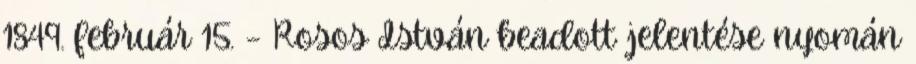
1849. február 15. – Rosos István beadott jelentése nyomán